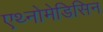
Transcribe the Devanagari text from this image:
एथ्नोमेडिसिन